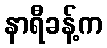
နာရီခန့်က